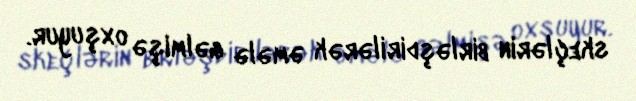
skeçlərin birləşdirilərək əmələ gəlmişə oxşuyur.